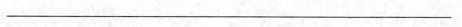
___